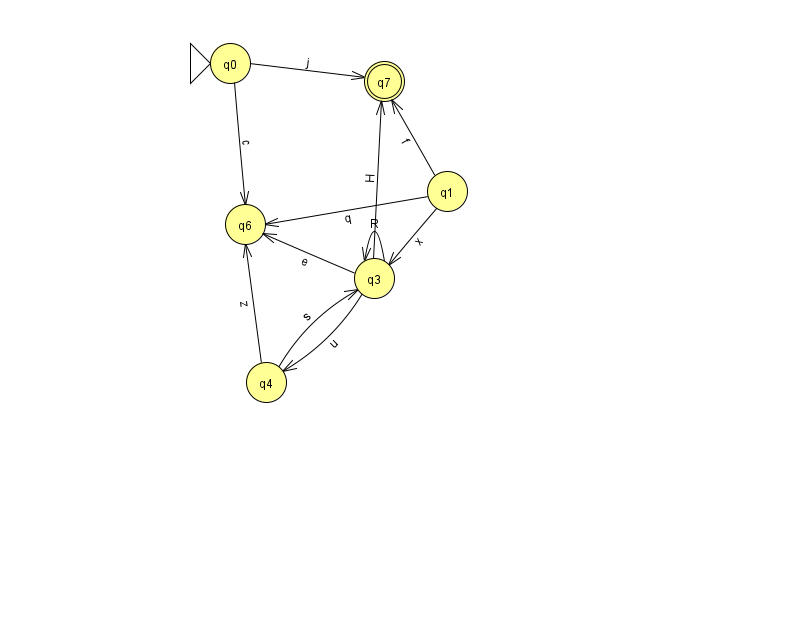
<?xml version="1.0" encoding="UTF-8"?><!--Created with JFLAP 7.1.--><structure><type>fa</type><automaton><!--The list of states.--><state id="0" name="q0"><x>230.0</x><y>50.0</y><initial/></state><state id="1" name="q1"><x>447.0</x><y>178.0</y></state><state id="3" name="q3"><x>374.0</x><y>265.0</y></state><state id="4" name="q4"><x>266.0</x><y>369.0</y></state><state id="6" name="q6"><x>245.0</x><y>211.0</y></state><state id="7" name="q7"><x>384.0</x><y>68.0</y><final/></state><!--The list of transitions.--><transition><from>4</from><to>6</to><read>z</read></transition><transition><from>1</from><to>6</to><read>q</read></transition><transition><from>3</from><to>6</to><read>e</read></transition><transition><from>3</from><to>3</to><read>R</read></transition><transition><from>3</from><to>7</to><read>H</read></transition><transition><from>0</from><to>7</to><read>j</read></transition><transition><from>0</from><to>6</to><read>c</read></transition><transition><from>3</from><to>4</to><read>u</read></transition><transition><from>1</from><to>3</to><read>x</read></transition><transition><from>4</from><to>3</to><read>s</read></transition><transition><from>1</from><to>7</to><read>f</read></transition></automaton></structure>